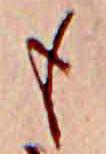
も